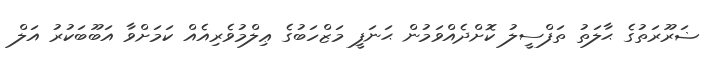
ޟަރޫރަތުގެ ޙާލަތު ތަފްސީލު ކޮށްދެއްވަމުން ޙަނަފީ މަޒްހަބުގެ ޢިލްމުވެރިއެއް ކަމަށްވާ އަބޫބަކުރު އަލް